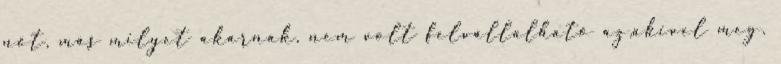
nőt, más milyet akarnak, nem volt felvállalható az,akivel meg.